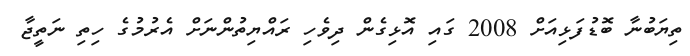
ތިޔަބުނާ ބޮޑުފަޅިއަށް 2008 ގައި އޮޅިގެން ދިވެހި ރައްޔިތުންނަށް އެރުމުގެ ހިތި ނަތީޖާ